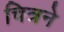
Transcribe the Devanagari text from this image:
चित्रने